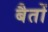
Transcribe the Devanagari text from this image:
बैतों